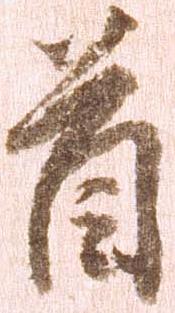
首